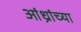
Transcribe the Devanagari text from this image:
आंध्रांच्या